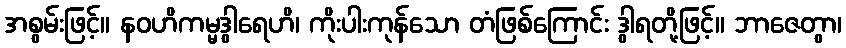
အစွမ်းဖြင့်။ နဝဟိကမ္မဒွါရေဟိ၊ ကိုးပါးကုန်သော တံဖြစ်ကြောင်း ဒွါရတို့ဖြင့်။ ဘာဇေတွာ၊